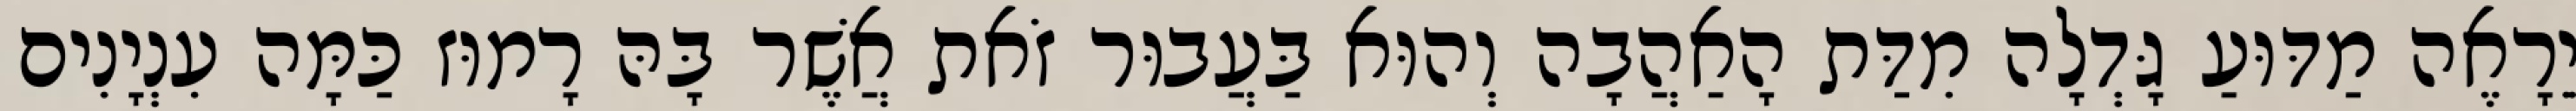
יֵרָאֶה מַדּוּעַ גָּדְלָה מִדַּת הָאַהֲבָה וְהוּא בַּעֲבוּר זֹאת אֲשֶׁר בָּהּ רָמוּז כַּמָּה עִנְיָנִים